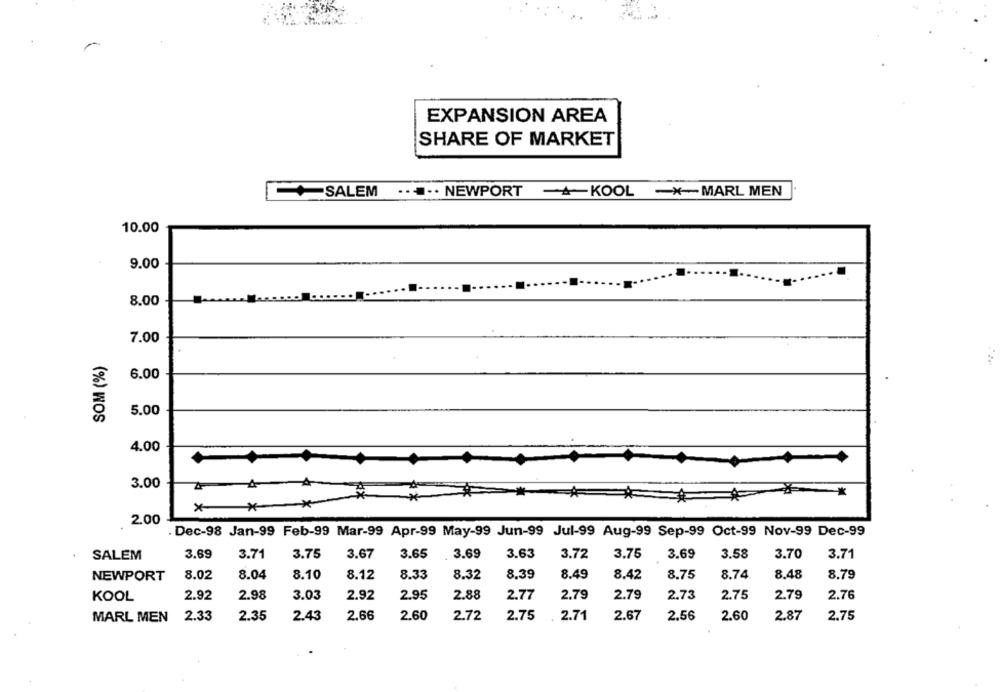
EXPANSION AREA
SHARE OF MARKET
...... NEWPORT
KOOL -MARL MEN
SALEM
10.00
9.00
8.00
7.00
SOM (%)
6.00
5.00
4.00
3.00
=*
* **
2.00
. Dec-98 Jan-99 Feb-99 Mar-99 Apr-99 May-99 Jun-99 Jul-99 Aug-99 Sep-99 Oct-99 Nov-99 Dec-99
3.69
3.75
3.67
3.65
3.69
3.63
3.72
3.75
3.69
3.58
SALEM
3.71
3.70
3.71
8.02
8.04
8.10
8.12
8.33
8.32
8.39
8.49
8.42
8.75
8.74
8.48
8.79
NEWPORT
2.98
3.03
2.92
2.88
2.79
2.79
2.76
KOOL
2.92
2.95
2.77
2.79
2.73
2.75
2.35
2.66
2.60
2.67
MARL MEN 2.33
2.43
2.72
2.75
2.71
2.56
2.60
2.87
2.75